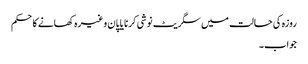
روزہ کی حالت میں سگریٹ نوشی کرنا یا پان وغیرہ کھانے کاحکم
جواب۔